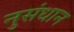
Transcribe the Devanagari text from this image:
नुसंधान